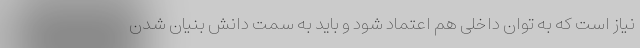
نیاز است که به توان داخلی هم اعتماد شود و باید به سمت دانش بنیان شدن